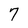
Character: 7